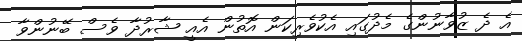
އެ ދެ ޒުވާނުންގެ މެދުގައި އެކުވެރިކަން އޮތުން އެއީ ޝާރުދާ ވެސް ބޭނުންވާ